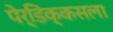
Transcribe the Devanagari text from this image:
पेर्डिक्कसला